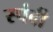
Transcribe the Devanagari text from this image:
स्पंदी